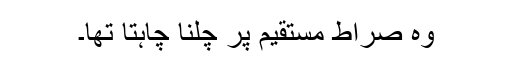
وہ صراط مستقیم پر چلنا چاہتا تھا۔